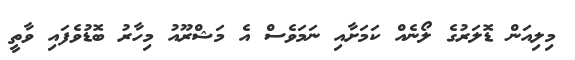
މިލިއަން ޑޮލަރުގެ ލޯނެއް ކަމަށާއި ނަމަވެސް އެ މަޝްރޫއު މިހާރު ބޮޑުވެފައި ވާތީ